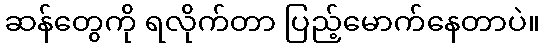
ဆန်တွေကို ရလိုက်တာ ပြည့်မောက်နေတာပဲ။